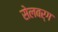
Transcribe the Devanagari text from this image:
सेलबर्ग